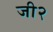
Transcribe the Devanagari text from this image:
जी२